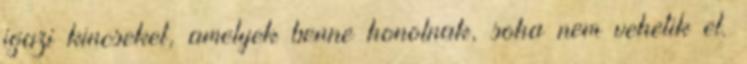
igazi kincseket, amelyek benne honolnak, soha nem vehetik el.